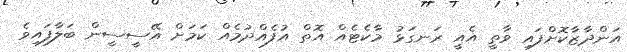
އަންދާޒާކޮށްފައި ވާތީ އެއީ ރަނގަޅު މާކެޓެއް އޮތް އުފެއްދުމެއް ކަމަށް އޭސީސީން ބަލާފައިވެ